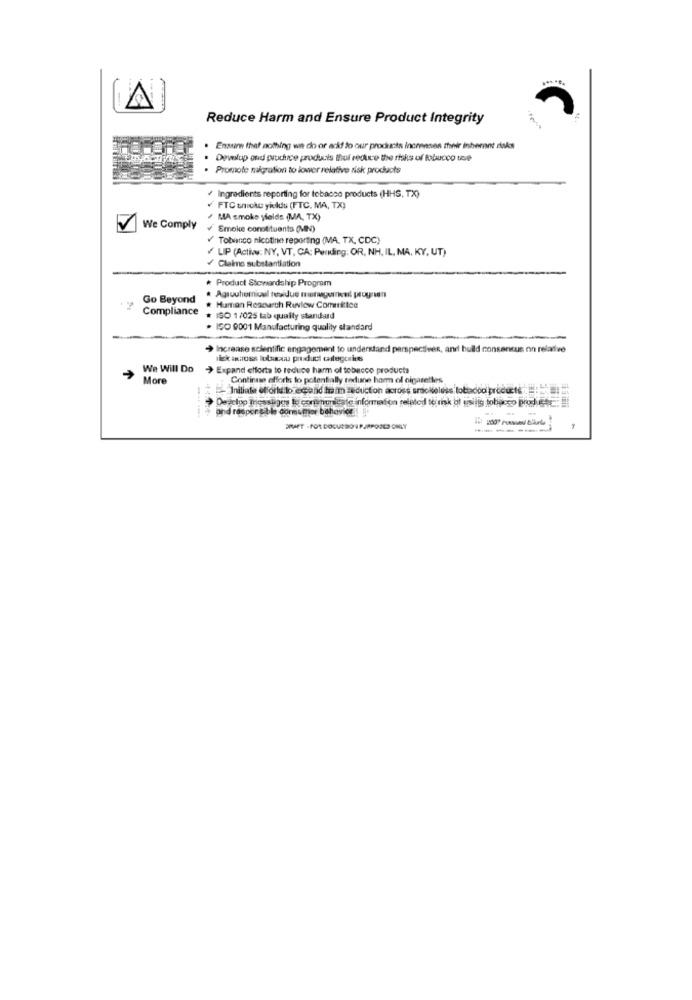
Reduce Harm and Ensure Product Integrity
Ensure that nothing we do or ack! to our products incrensen their inherent riks
Develop and giudice products thof reduce the risks of tobacco sse
. Promote migration to lower relative risk products
Ingredients reporting for tobacco products (HHS, TXX)
FTC snicke yielddu (FTC, MA, TX)
/ MA smoke yields (MA, TX)
We Comply
Smoke constituents (MIN)
Tobanco nicotine reporting (MA, TX, CDC)
LIP (Active: NY, VT, CA: Pending: OR, NH, IL, MA, KY, UT)
/ Claims substantiation
Product Stewardship Program
Go Beyond
Compliance
Human Reacarth Review Committee
ISO 1/025 lab qually standard
. ISO 9001 Manufacturing quality standard
› Increase scientific engagement to understand perspectives, and build consensus on relative
nick across lubsuccu product categories
We Will Do
Expand efforts to reduce harm of tobacco products
More
Continue efforts to potentially tedune homm ol cigarettes
-Initiale efforts to eccand hraim zeduction across smokeless tobacco products : 51
Degielpo Triessages le corenunicate information related to risk of usilis tobacco Prete ..
and responsible consumer behavior.
ERMET - FOR DOCURSO 1 P.JAPOOLD ONLY
----